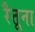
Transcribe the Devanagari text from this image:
रैतूना